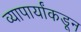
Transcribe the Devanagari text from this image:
व्यापार्यांकडून